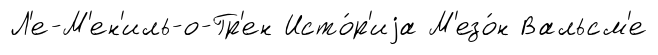
Л'е-М'ен'иль-о-Гр'ен Исто́р'иjа М'езо́н Вальсм'е